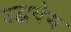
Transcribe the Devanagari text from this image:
उद्ववेग